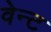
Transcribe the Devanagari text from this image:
वेन्ट